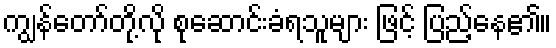
ကျွန်တော်တို့လို စုဆောင်းခံရသူများ ဖြင့် ပြည့်နေ၏။